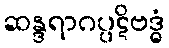
ဆန္ဒရာဂပ္ပဋိဗဒ္ဓံ